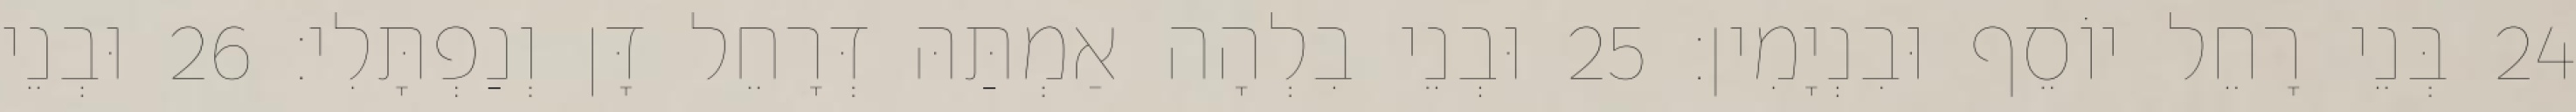
24 בְּנֵי רָחֵל יוֹסֵף וּבִנְיָמִין׃ 25 וּבְנֵי בִלְהָה אַמְתַּהּ דְּרָחֵל דָּן וְנַפְתָּלִי׃ 26 וּבְנֵי